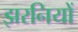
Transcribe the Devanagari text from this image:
झरनियों